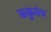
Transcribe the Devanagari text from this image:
ककुसंध